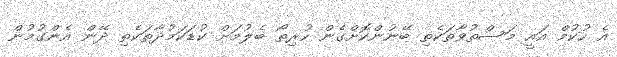
އެ ހުކުމް އައީ މަސްތުވާތަކެތި ބޭނުންކޮށްގެން ހުރިތޯ ބެލުމަށް ކުޑަކަމުދާތަކެތި ދޭން އެންގުމުން